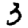
Digit: 3